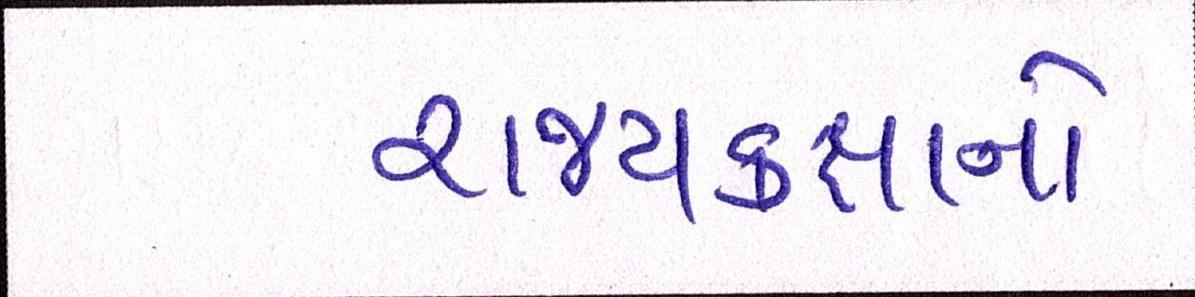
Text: રાજ્યકક્ષાનો